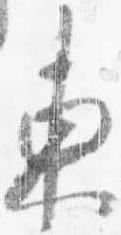
東